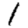
Digit: 1